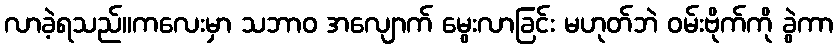
လာခဲ့ရသည်။ကလေးမှာ သဘာဝ အလျောက် မွေးလာခြင်း မဟုတ်ဘဲ ဝမ်းဗိုက်ကို ခွဲကာ